Annual report of the Punjab Veterinary College and of the Civil Veterinary Department, Punjab - 1909-1919
Year: 1909
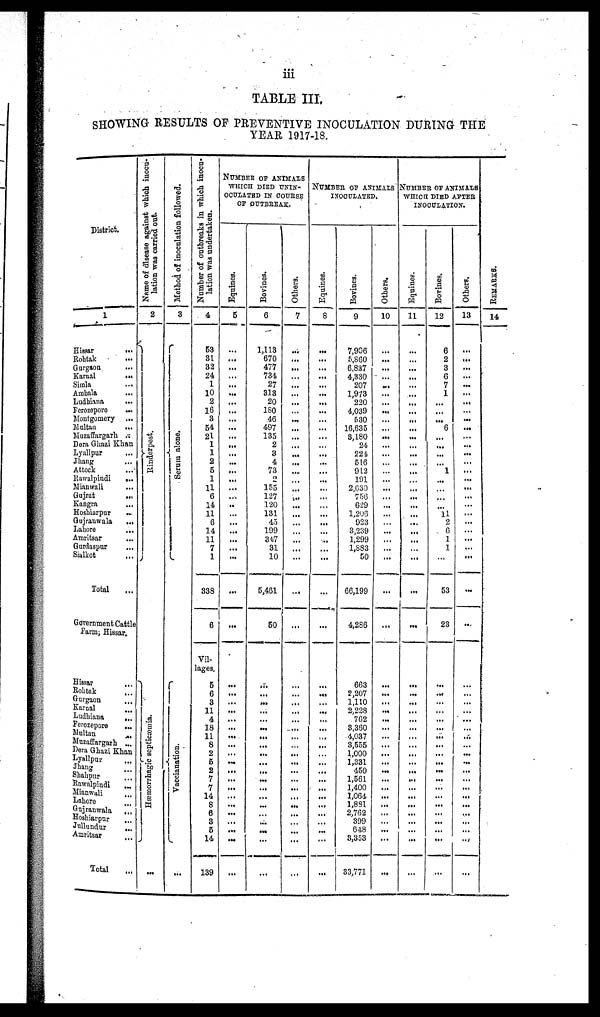
iii
TABLE III.
SHOWING RESULTS OF PREVENTIVE INOCULATION DURING THE
YEAR 1917-18.
District.
1
Hissar ...
Rohtak ...
Gurgaon ...
Karnal
...
Simla ...
Ambala ...
Ludhiana ...
Ferozepore
...
Montgomery ...
Multan ...
Muzaffargarh ..
Dera Ghazi Khan
Lyallpur ...
Jhang ...
Attock ...
Rawalpindi
...
Mianwali ...
Gujrat
...
Kangra ...
Hoshiarpur
...
Gujranwala ...
Lahore ...
Amritsar ...
Gurdaspur ...
Sialkot ...
Total ...
Government Cattle
Farm, Hissar.
Hissar ...
Rohtak ...
Gurgaon ...
Karnal ...
Ludhiana
...
Ferozepore
...
Multan ...
Muzaffargarh
...
Dera Ghazi Khan
Lyallpur ...
Jhang ...
Shahpur ...
Rawalpindi ...
Mianwali ...
Lahore ...
Gujranwala ...
Hoshiarpur ...
Jullundur ...
Amritsar ...
Total ...
Name of disease
against which inocu-
lation was carried out
2
Rinderpest
Hæmorrhagic septicæmia.
...
Method of inoculation followed.
3
Serum alone.
Va c c i
a na t
i
on.
...
Number of outbreaks in which inocu-
lation was undertaken.
4
53
31
32
24
1
10
2
16
3
54
21
1
1
2
5
1
11
6
14
11
6
14
11
7
1
338
6
Vil-
lages.
5
6
8
11
4
18
11
8
2
5
2
7
7
14
8
6
3
5
14
139
NUMBER OF ANIMALS
WHICH DIED UNIN¬
OCULATED IN COURSE
OF OUTBREAK.
Equines.
6
...
...
...
...
...
...
...
...
...
...
...
...
...
...
...
...
...
...
..
...
...
...
...
...
...
...
...
...
...
...
...
...
...
...
...
...
...
...
...
...
...
...
...
...
...
...
...
Bovines.
6
1,113
670
477
734
27
313
20
180
46
497
135
2
3
4
73
2
155
127
120
131
45
199
317
31
10
5,461
50
...
...
...
...
...
...
...
...
...
...
...
...
...
...
...
...
...
...
...
...
Others.
7
...
...
...
...
...
...
...
...
...
...
...
...
...
...
...
...
...
...
...
...
...
...
...
...
...
...
...
...
...
...
...
...
...
...
...
...
...
...
...
...
...
...
...
...
...
...
...
NUMBER OF ANIMALS
INOCULATED.
Equines.
8
...
...
...
...
...
...
...
...
...
...
...
...
...
...
...
...
...
...
...
...
...
...
..
...
...
...
...
...
...
...
...
...
...
...
...
...
...
...
...
...
...
...
...
...
...
...
...
Bovines.
9
7,906
5,860
6,837
4,330
207
1,973
220
4,039
630
16.635
3,180
24
224
516
912
191
2,630
756
629
1,206
923
3,239
1,299
1,883
50
66,199
4,286
663
2,207
1,110
2,223
762
3,360
4,037
3,655
1,000
1,331
450
1,561
1.400
1,061
1,881
2,762
399
618
3,353
33,771
Others.
10
...
...
...
...
...
...
...
...
...
...
...
...
...
...
...
...
...
...
...
...
...
...
...
...
...
...
...
...
...
...
...
...
...
...
...
...
...
...
...
...
...
...
...
...
...
...
...
NUMBER OF ANIMALS
WHICH DIED AFTER
INOCULATION.
Equines.
11
...
...
...
...
...
...
...
...
...
...
...
...
...
...
...
...
...
...
...
...
...
...
...
...
...
...
...
...
...
...
...
...
...
...
...
...
...
...
...
...
...
...
...
...
...
...
Bovines.
12
6
2
3
6
7
1
...
...
...
6
...
...
...
... 1
...
...
...
...
11
2
6
1
1
...
53
23
...
...
...
...
...
...
...
...
...
...
...
...
...
...
...
...
...
...
...
...
Others.
13
...
...
...
...
...
...
...
...
...
...
...
...
...
...
...
...
...
...
...
... ...
...
...
...
...
...
...
...
...
...
...
...
...
...
...
...
...
...
...
...
...
...
...
...
...
...
...
REMARKS .
14